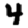
Digit: 4